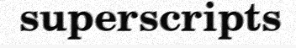
superscripts